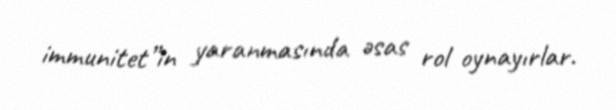
immunitet”in yaranmasında əsas rol oynayırlar.